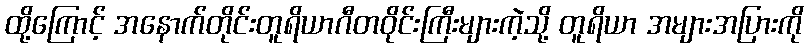
ထို့ကြောင့် အနောက်တိုင်းတူရိယာဂီတဝိုင်းကြီးများကဲ့သို့ တူရိယာ အများအပြားကို